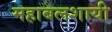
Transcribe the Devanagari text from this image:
महाबलशायी